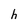
Character: h